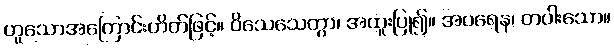
ဟူသောအကြောင်းဟိတ်ဖြင့်။ ဝိသေသေတွာ၊ အထူးပြု၍။ အပရေန၊ တပါးသော။